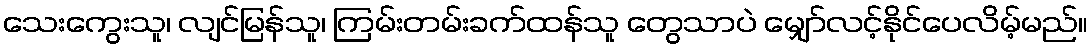
သေးကွေးသူ၊ လျင်မြန်သူ၊ ကြမ်းတမ်းခက်ထန်သူ တွေသာပဲ မျှော်လင့်နိုင်ပေလိမ့်မည်။